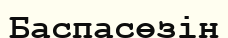
Баспасөзін